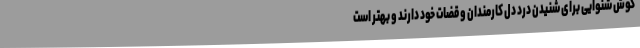
گوش شنوایی برای شنیدن درد دل کارمندان و قضات خود دارند و بهتر است